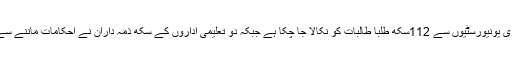
اس حکم نامے کے بعد پنجاب کی دو بڑی یونیورسٹیوں سے 112سکھ طلبا طالبات کو نکالا جا چکا ہے جبکہ دو تعلیمی اداروں کے سکھ ذمہ داران نے احکامات ماننے سے انکار کرتے ہوئے خود استعفٰی د یدیا ۔